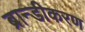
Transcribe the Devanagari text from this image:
ब्रान्डीकरण